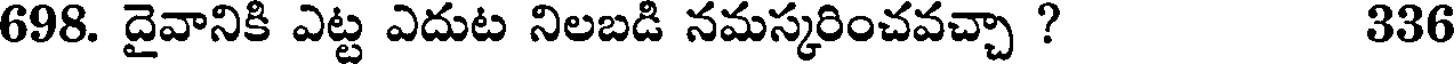
698. దైవానికి ఎట్ట ఎదుట నిలబడి నమస్కరించవచ్చా ? 336